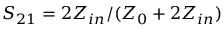
S _ { 2 1 } = 2 Z _ { i n } / ( Z _ { 0 } + 2 Z _ { i n } )